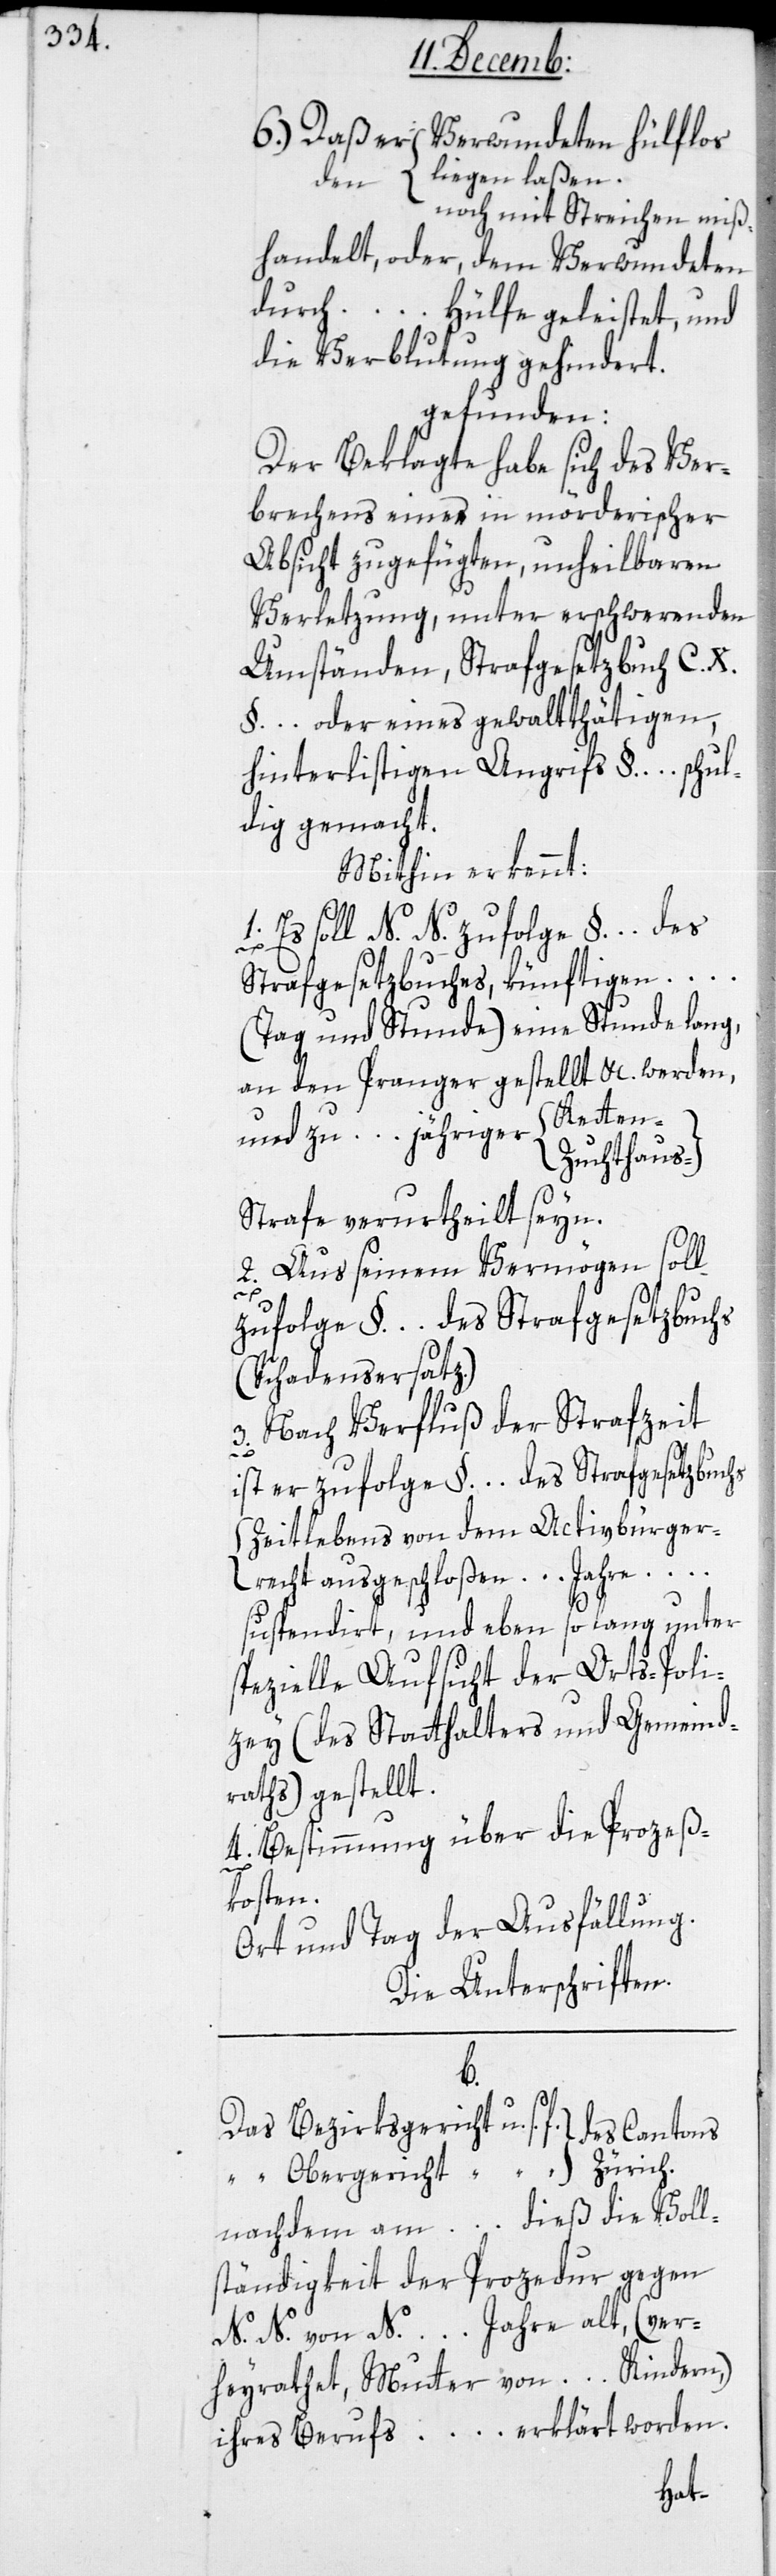
6. Daß er den Verwundeten {hülflos
noch mit Streichen miß¬
handelt, oder, dem Verwundeten
durch … Hülfe geleistet, und
die Verblutung gehindert,}
gefunden:
Der Beklagte habe sich des Ver¬
brechens einer in mörderischer
Absicht zugefügten, unheilbaren
Verletzung, unter erschwerenden
Umständen, Strafgesetzbuch C.X.
§. … oder eines gewalttätigen,
hinterlistigen Angriffs §. … schul¬
dig gemacht.
Mithin erkennt:
1. Es soll N.N. zufolge §. … des
Strafgesetzbuches, künftigen …
(Tag und Stunde) eine Stunde lang,
an den Pranger gestellt &c. werden,
{Ketten-
und zu … jähriger
Zuchthaus-}
Strafe verurtheilt seyn.
2. Aus seinem Vermögen soll
zufolge §. … des Strafgesetzbuchs
(Schadensersatz).
3. Nach Verfluß der Strafzeit
ist er zufolge §. … des Strafgesetzbuchs
{zeitlebens von dem Activbürger¬
recht ausgeschloßen [/] … Jahre …
suspendiert}, und eben so lang unter
spezielle Aufsicht der Orts-Poli¬
zei (des Statthalters und Gemeind¬
raths) gestellt.
4. Bestimmung über die Prozeß¬
kosten.
Ort und Tag der Ausfällung.
Die Unterschriften.
b.
Das Bezirksgericht u. s. f. }
“ Obergericht “ “ “ }
nachdem am … dieß die Voll¬
ständigkeit der Prozedur gegen
N. N. von N. … Jahre alt, (ver¬
heyrathet, Mutter von … Kindern),
ihres Berufs … erklärt worden,